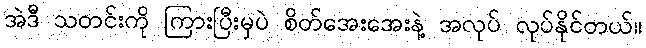
အဲဒီ သတင်းကို ကြားပြီးမှပဲ စိတ်အေးအေးနဲ့ အလုပ် လုပ်နိုင်တယ်။